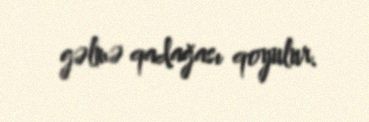
gəlmə qadağası qoyulur.